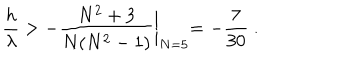
LaTeX: { \frac { h } { \lambda } } > - { \frac { N ^ { 2 } + 3 } { N ( N ^ { 2 } - 1 ) } } \biggl | _ { N = 5 } = - { \frac { 7 } { 3 0 } } \ .